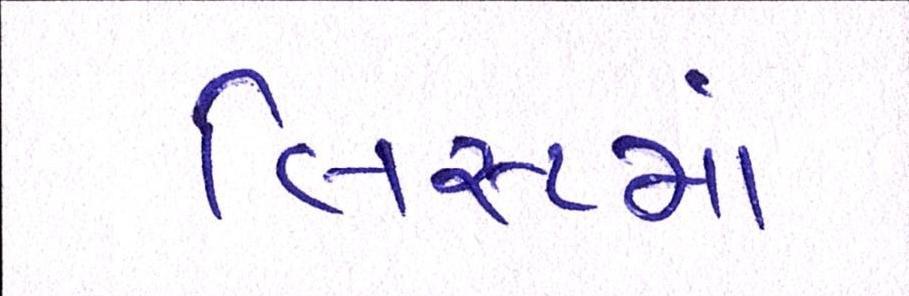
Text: લિસ્ટમાં